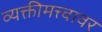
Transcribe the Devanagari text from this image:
व्यक्तीमत्त्वावर